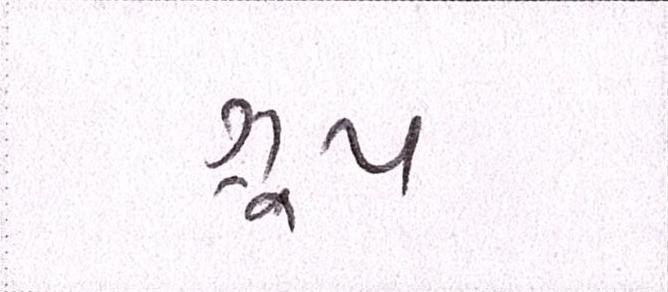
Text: ગ્રૂપ